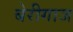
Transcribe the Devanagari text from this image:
बेरीगाज